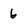
Character: 6